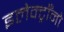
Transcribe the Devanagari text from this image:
इलेक्ट्राँनो